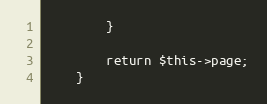
Language: PHP
        }

        return $this->page;
    }